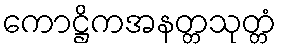
ကောဋ္ဌိကအနတ္တသုတ္တံ